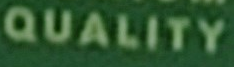
QUALITY